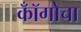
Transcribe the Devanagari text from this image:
कॉँगोचा